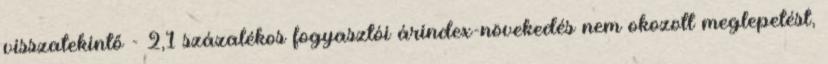
visszatekintő - 2,1 százalékos fogyasztói árindex-növekedés nem okozott meglepetést,